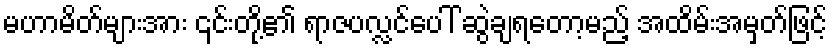
မဟာမိတ်များအား ၎င်းတို့၏ ရာဇပလ္လင်ပေါ် ဆွဲချရတော့မည့် အထိမ်းအမှတ်ဖြင့်